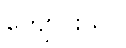
ကျောင်းသူ/